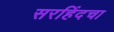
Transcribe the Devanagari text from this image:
सरहिंदचा